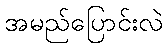
အမည်ပြောင်းလဲ